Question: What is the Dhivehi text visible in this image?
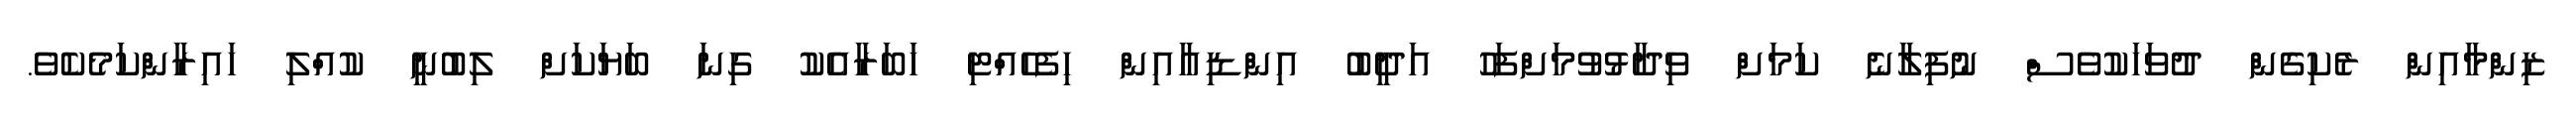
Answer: ޒިންމާއިން ރެކިގެން ދުވަހަކުވެސް ނުފިލާނެ ކަމަށް ވިދާޅުވުމަށްފަހު އަދީބު އިންޑިއާއިން ހިފެހެއްޓި ހަބަރާއެކު ގިނަ ބަޔަކަށް ލިބުނީ ކުއްލި ހައިރާންކަމެކެވެ.